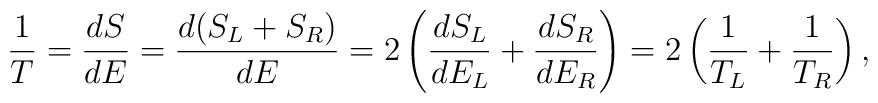
{1\over T}={{dS}\over{dE}}={{d(S_L+S_R)}\over{dE}}=2\left({{dS_L}\over{dE_L}}+{{dS_R}\over{dE_R}}\right)=2\left({1\over{T_L}}+{1\over{T_R}}\right),